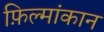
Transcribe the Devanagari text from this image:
फ़िल्मांकान